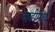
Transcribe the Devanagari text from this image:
वाढीमध्ये